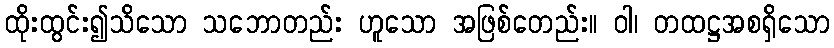
ထိုးထွင်း၍သိသော သဘောတည်း ဟူသော အဖြစ်တေည်း။ ဝါ၊ တထဋ္ဌအစရှိသော